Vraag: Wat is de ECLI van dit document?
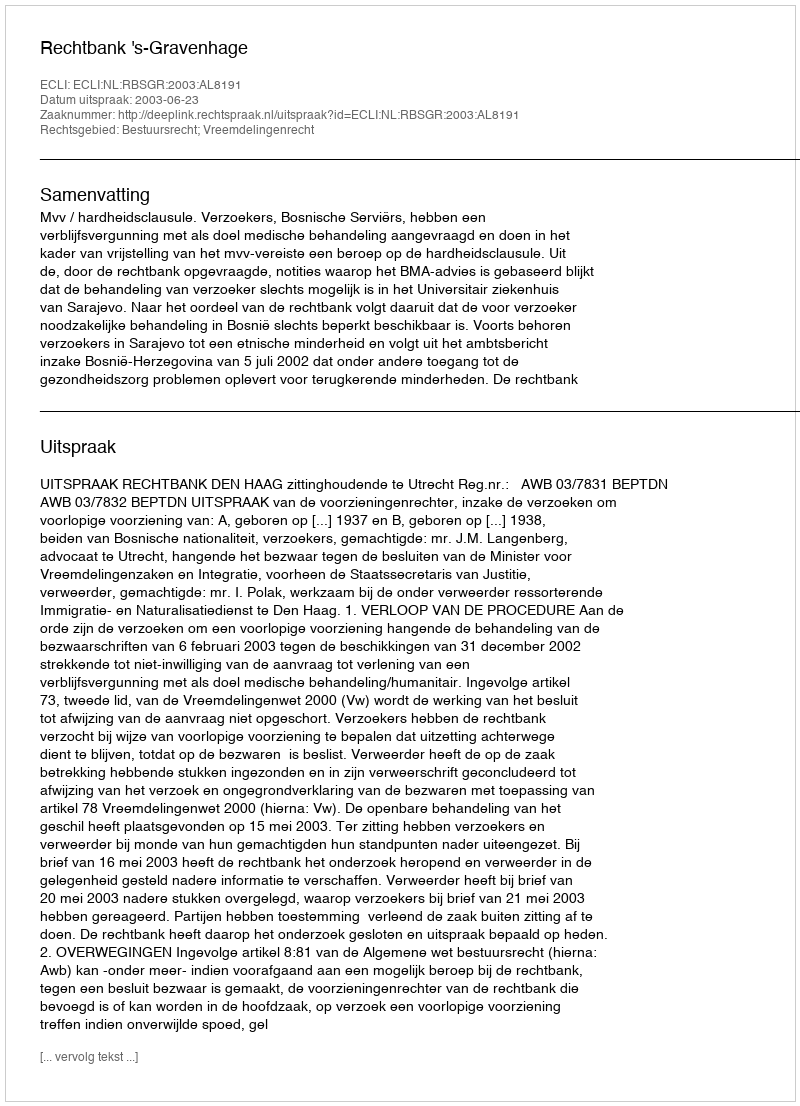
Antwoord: ECLI:NL:RBSGR:2003:AL8191